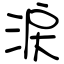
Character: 涙